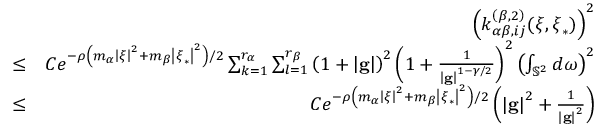
\begin{array} { r l r } & { } & { \left( k _ { \alpha \beta , i j } ^ { \left( \beta , 2 \right) } ( \boldsymbol { \xi } , \boldsymbol { \xi } _ { \ast } ) \right) ^ { 2 } } \\ & { \leq } & { C e ^ { - \rho \left( m _ { \alpha } \left\vert \boldsymbol { \xi } \right\vert ^ { 2 } + m _ { \beta } \left\vert \boldsymbol { \xi } _ { \ast } \right\vert ^ { 2 } \right) / 2 } \sum _ { k = 1 } ^ { r _ { \alpha } } \sum _ { l = 1 } ^ { r _ { \beta } } \left( 1 + \left\vert \mathbf { g } \right\vert \right) ^ { 2 } \left( 1 + \frac { 1 } { \left\vert \mathbf { g } \right\vert ^ { 1 - \gamma / 2 } } \right) ^ { 2 } \left( \int _ { \mathbb { S } ^ { 2 } } d \boldsymbol { \omega } \right) ^ { 2 } } \\ & { \leq } & { C e ^ { - \rho \left( m _ { \alpha } \left\vert \boldsymbol { \xi } \right\vert ^ { 2 } + m _ { \beta } \left\vert \boldsymbol { \xi } _ { \ast } \right\vert ^ { 2 } \right) / 2 } \left( \left\vert \mathbf { g } \right\vert ^ { 2 } + \frac { 1 } { \left\vert \mathbf { g } \right\vert ^ { 2 } } \right) } \end{array}